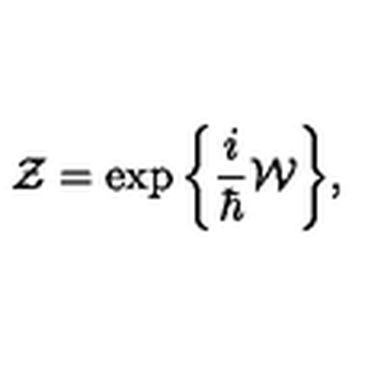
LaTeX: { \cal Z } = \exp \bigg \{ \frac { i } { \hbar } { \cal W } \bigg \} ,